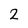
Character: 2